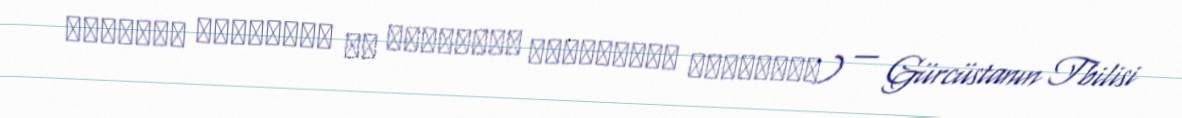
დიდუბის მწერალთა და საზოგადო მოღვაწეთა პანთეონი) — Gürcüstanın Tbilisi